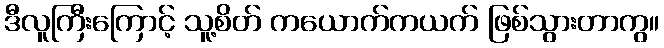
ဒီလူကြီးကြောင့် သူ့စိတ် ကယောက်ကယက် ဖြစ်သွားတာကွ။